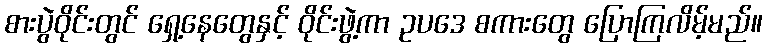
စားပွဲဝိုင်းတွင် ရှေ့နေတွေနှင့် ဝိုင်းဖွဲ့ကာ ဥပဒေ စကားတွေ ပြောကြလိမ့်မည်။